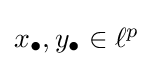
\textstyle x_{\bullet },y_{\bullet }\in \ell ^{p}